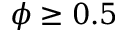
\phi \geq 0 . 5